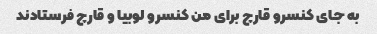
به جای کنسرو قارچ برای من کنسرو لوبیا و قارچ فرستادند